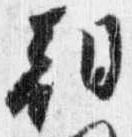
朝